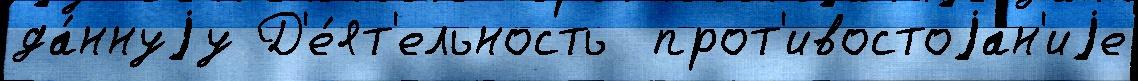
да́ннуjу Д'е́ят'ельность  прот'ивостоjа́н'иjе